Vabadussoja_Ajaloo_Komitee, lk 9
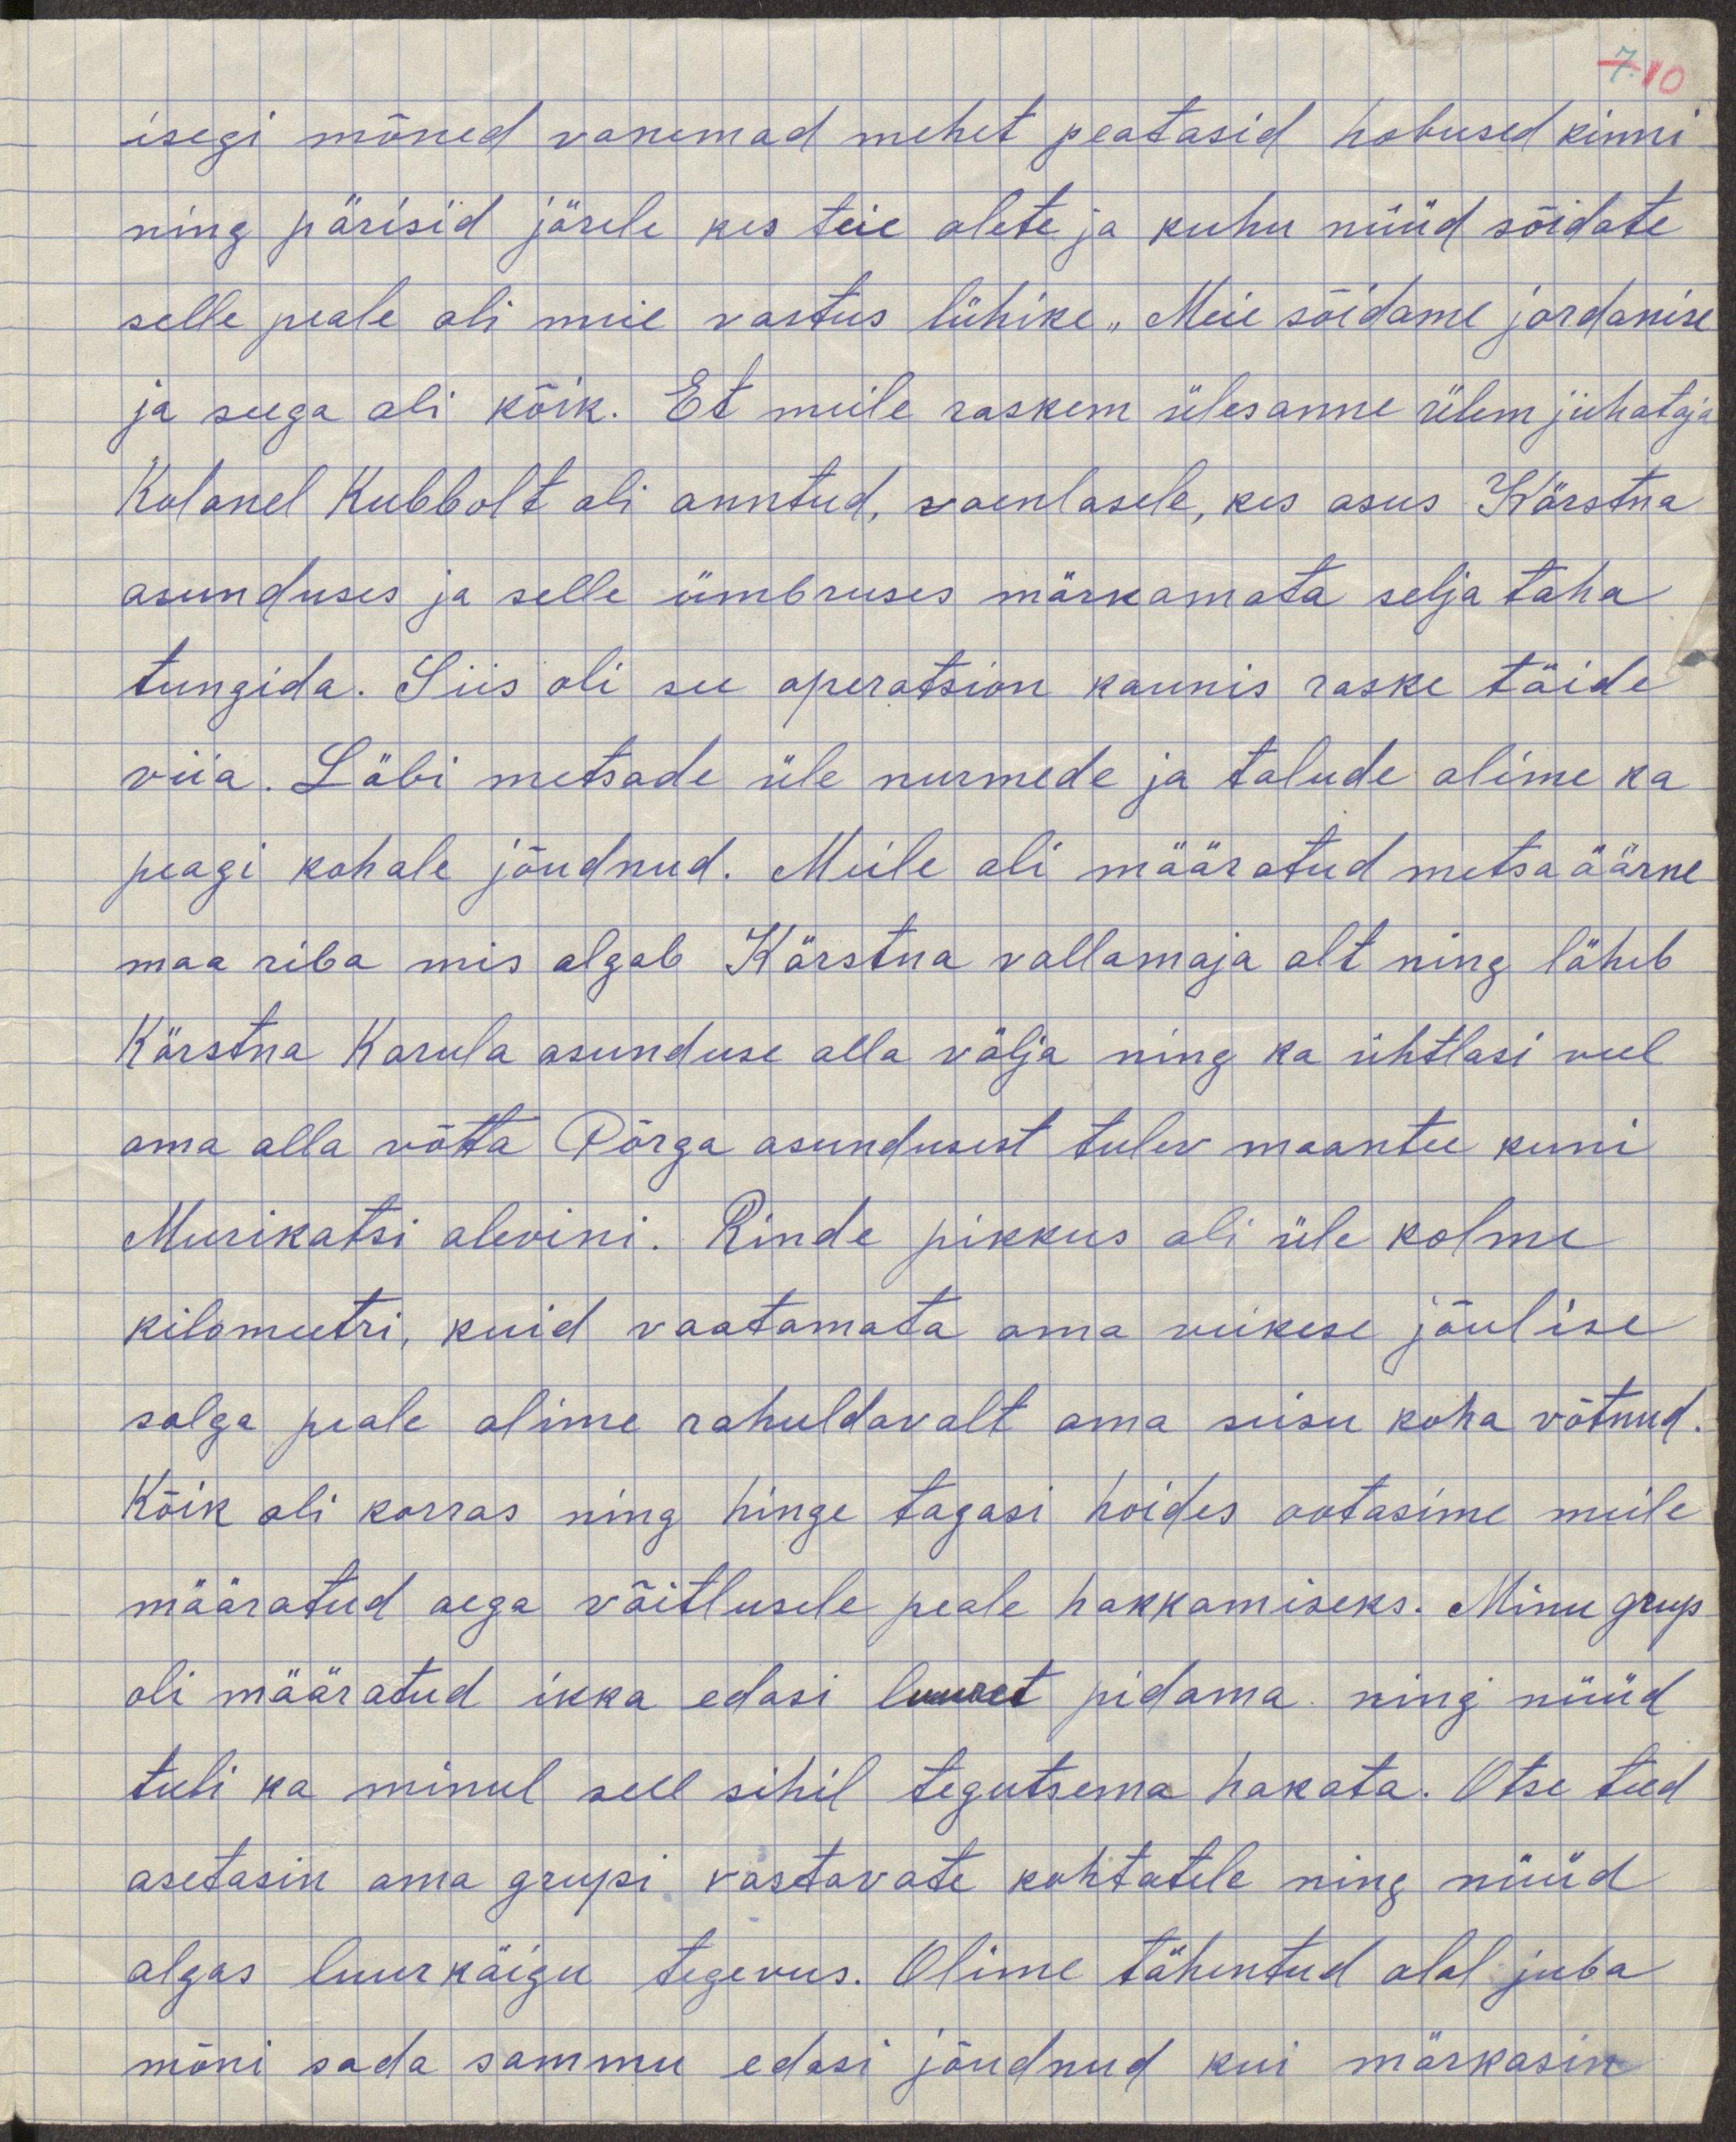
isegi mõned vanemad mehet peatasid hobused kinni
ning pärisid järele kes teie olete ja kuhu nüüd sõidate
selle peale oli meie vastus lühike "Meie sõidame jordanise
ja seega oli kõik. Et meile raskem ülesanne ülem juhataja
Kolonel Hubbolt oli anntud, vaenlasele, kes asus Kärstna
asunduses ja selle ümbruses märkamata selja taha
tungida. Siis oli see operatsion kaunis raske täide
viia. Läbi metsade üle nurmede ja talude olime ka
peagi kohale jõudnud. Meile oli määratud metsaäärne
maa riba mis algab Kärstna vallamaja alt ning läheb
Kärstna Karula asunduse alla välja ning ka ühtlasi veel
oma alla võtta Põrga asundusest tulev maantee kuni
Murikatsi alevini. Rinde pikkus oli üle kolme
kilomeetri, kuid vaatamata oma väikese jõulise
salga peale olime rahuldavalt oma seisu koha võtnud.
Kõik oli korras ning hinge tagasi hoides ootasime meile
määratud aega võitlusele peale hakkamiseks. Minu grupis
oli määratud ikka edasi luuret pidama ning nüüd
tuli ka minul sell sihil tegutsema hakata. Otse teed
asetasin oma grupi vastavate kohtatele ning nüüd
algas luurekäigu tegevus. Olime tähentud alal juba
mõnu sada sammu edasi jõudnud kui märkasin